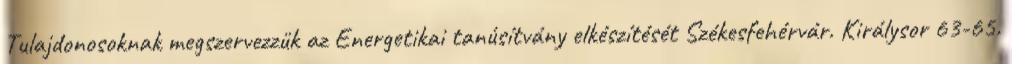
Tulajdonosoknak megszervezzük az Energetikai tanúsítvány elkészítését Székesfehérvár. Királysor 63-65.